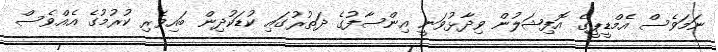
ނަމަވެސް އެމްޑީޕީގެ އޮފިޝަލުން ވިދާޅުވަނީ އިންސާފުގެ ދަތުރުގައި ކުޑަކުދިން ބައިވެރި ކުރުމުގެ އެއްވެސް